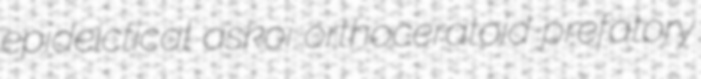
epideictical askoi orthoceratoid prefatory